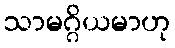
သာမဂ္ဂိယမာဟု